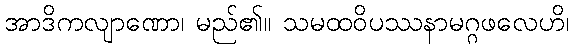
အာဒိကလျာဏော၊ မည်၏။ သမထဝိပဿနာမဂ္ဂဖလေဟိ၊